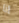
انا